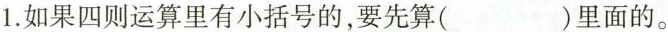
1.如果四则运算里有小括号的，要先算( )里面的。